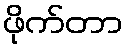
ဖိုက်တာ